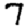
Digit: 7